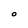
Character: O